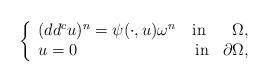
LaTeX: \begin{align*}\left\lbrace\begin{array}{lcr}(dd^c u)^n=\psi(\cdot,u)\omega^n & \textnormal{in} & \Omega,\\u=0& \textnormal{ in} & \partial \Omega,\end{array}\right.\end{align*}